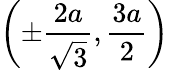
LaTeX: \left(\pm{\frac{2a}{\sqrt{3}}},{\frac{3a}{2}}\right)